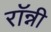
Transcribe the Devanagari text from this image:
राॅन्नी